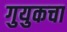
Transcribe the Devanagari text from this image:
गुयुकचा